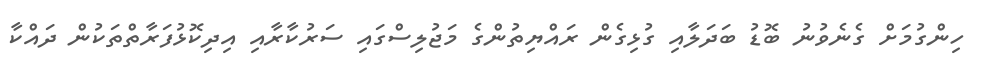
ހިންގުމަށް ގެނެވުނު ބޮޑު ބަދަލާއި ގުޅިގެން ރައްޔިތުންގެ މަޖުލިސްގައި ސަރުކާރާއި އިދިކޮޅުފަރާތްތަކުން ދައްކާ